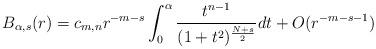
LaTeX: \begin{align*}B_{\alpha,s}(r) &=c_{m,n}r^{-m-s}\int_0^{\alpha}\frac{t^{n-1}}{(1 + t^2 )^\frac{N+s}2}d t + O(r^{-m-s-1})\end{align*}